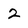
Character: 2